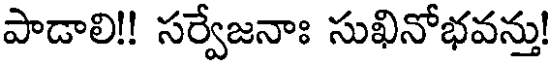
పాడాలి!! సర్వేజనాః సుఖినోభవన్తు!